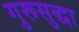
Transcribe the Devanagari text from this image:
गुरूसुद्धा